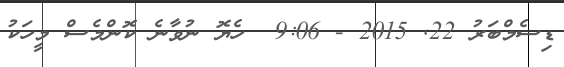
ޑިސެމްބަރު 22